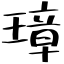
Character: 璋